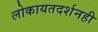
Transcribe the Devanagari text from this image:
लोकायतदर्शनही